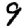
Digit: 9